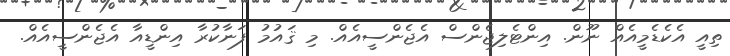
ތިއީ އެކެޑެމީއެއް ނޫން. އިންޓެލިޖެންސް އެޖެންސީއެއް. މި ޤައުމު ފަނާކުރާ އިންޑީއާ އެޖެންސީއެއް.